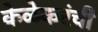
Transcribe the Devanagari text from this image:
केळेकरंची